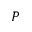
P